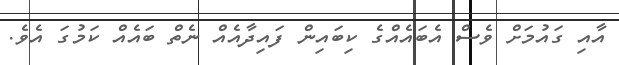
އާއި ގައުމަށް ވެސް އެބައެއްގެ ކިބައިން ފައިދާއެއް ނެތް ބައެއް ކަމުގަ އެވެ.